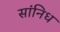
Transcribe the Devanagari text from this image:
सांनिध